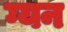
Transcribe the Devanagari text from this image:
ग्यन